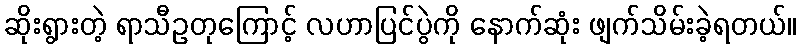
ဆိုးရွားတဲ့ ရာသီဥတုကြောင့် လဟာပြင်ပွဲကို နောက်ဆုံး ဖျက်သိမ်းခဲ့ရတယ်။